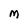
Character: M